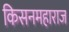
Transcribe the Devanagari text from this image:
किसनमहाराज